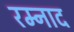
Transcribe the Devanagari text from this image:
रम्नाद